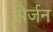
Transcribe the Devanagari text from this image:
सेर्जन